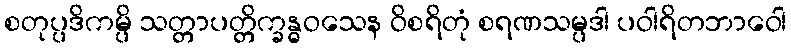
စတုပ္ပဒိကမ္ပိ သတ္တာပတ္တိက္ခန္ဓဝသေန ဝိစရိတုံ စရဏသမ္ပဒါ ပဝါရိတဘာဝေါ